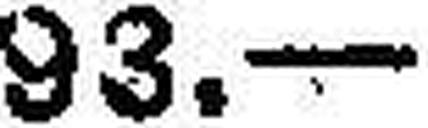
93.—